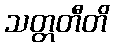
သတ္တတီတိ